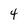
Character: 4